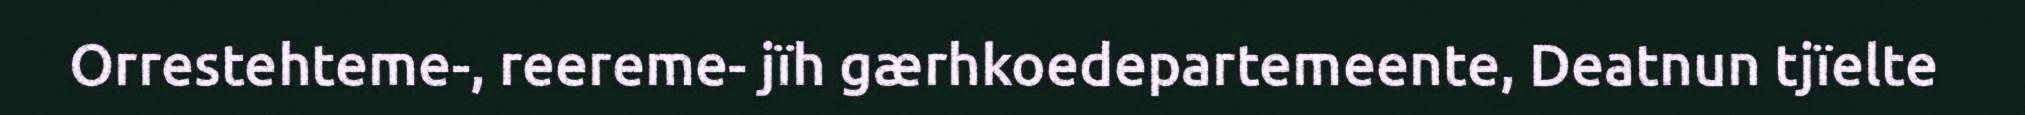
Orrestehteme-, reereme- jïh gærhkoedepartemeente, Deatnun tjïelte